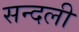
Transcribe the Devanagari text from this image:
सन्दली